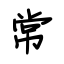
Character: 常